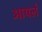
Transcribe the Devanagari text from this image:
आयर्ल